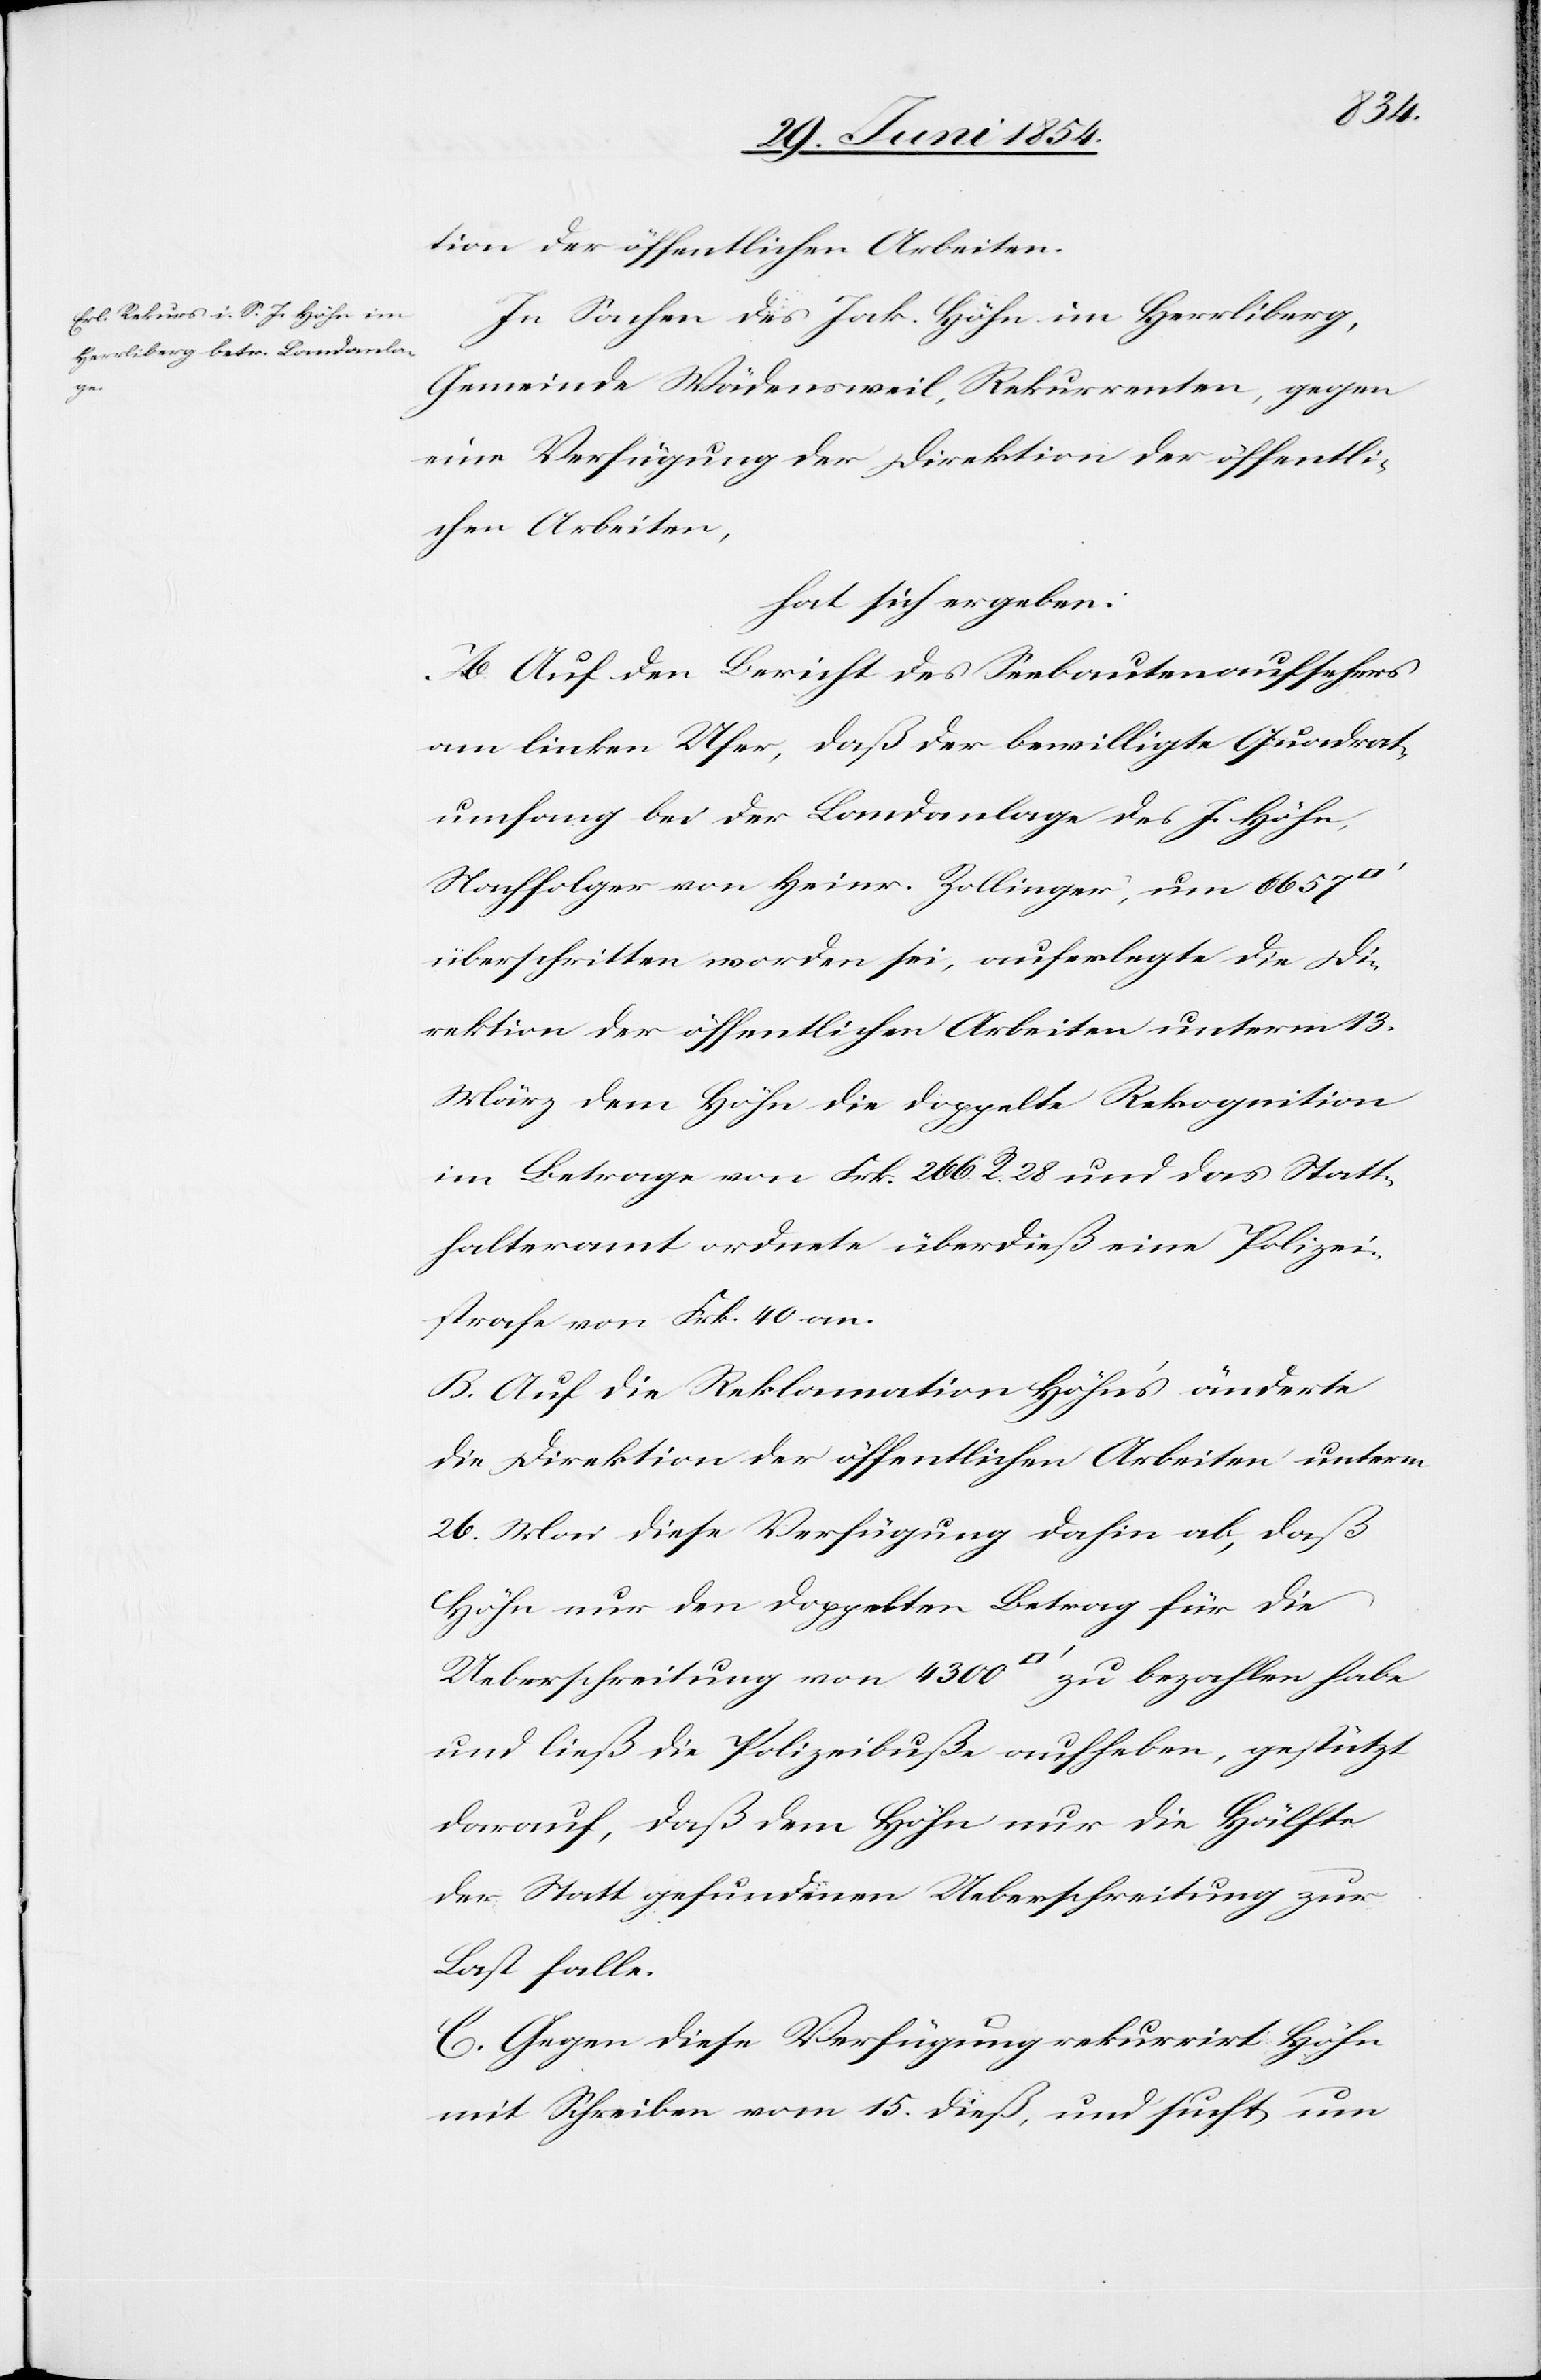
tion der öffentlichen Arbeiten.
In Sachen des Jak. Höhn im Herrliberg,
Gemeinde Wädensweil, Rekurrenten, gegen
eine Verfügung der Direktion der öffentli¬
chen Arbeiten,
hat sich ergeben:
A. Auf den Bericht des Seebautenaufsehers
am linken Ufer, daß der bewilligte Quadrat¬
umfang bei der Landanlage des J. Höhn,
Nachfolge von Heinr. Zollinger, um 6657
überschritten worden sei, auferlegte die Di¬
rektion der öffentlichen Arbeiten unterm 13.
März dem Höhn die doppelte Rekognition
im Betrage von Frk. 266 R. 28 und das Statt¬
halteramt ordnete überdieß eine Polizei¬
strafe von Frk. 40 an.
B. Auf die Reklamation Höhn’s änderte
die Direktion der öffentlichen Arbeiten unterm
26. Mai diese Verfügung dahin ab, daß
Höhn nur den doppelten Betrag für die
Ueberschreitung von 4300 [Quadratfuß] zu bezahlen habe
und ließ die Polizeibuße aufheben, gestützt
darauf, daß dem Höhn nur die Hälfte
der Statt gefundenen Ueberschreitung zur
Last falle.
C. Gegen diese Verfügung rekurrirt Höhn
mit Schreiben vom 15. dieß, und sucht nun